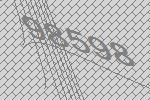
98598